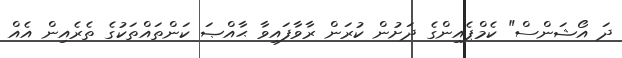
ދަ އޯޝަންސް" ކެމްޕެއިންގެ ދަށުން ކުރަން ރާވާފައިވާ ޙާއްޞަ ކަންތައްތަކުގެ ތެރެއިން އެއް